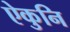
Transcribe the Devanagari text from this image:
ऐकुनि